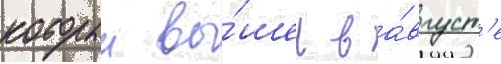
которыи вы́шел в а́вгуст'е